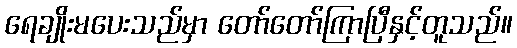
ရေချိုးမပေးသည်မှာ တော်တော်ကြာပြီနှင့်တူသည်။